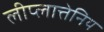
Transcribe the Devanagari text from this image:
लीप्लात्तेनिय